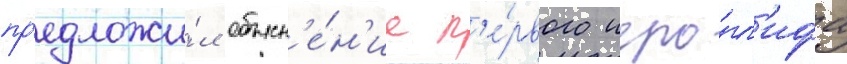
пр'едложи́л объясн'е́н'ие п'е́рвого иеро́гл'ифа